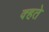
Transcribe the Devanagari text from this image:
क्हते